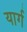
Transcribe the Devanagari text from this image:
यार्ग